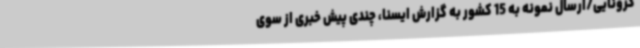
کرونایی/ارسال نمونه به 15 کشور به گزارش ایسنا، چندی پیش خبری از سوی